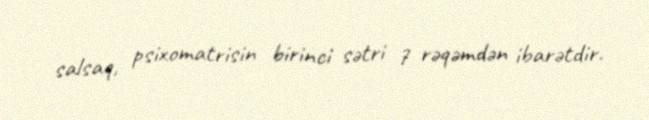
salsaq, psixomatrisin birinci sətri 7 rəqəmdən ibarətdir.